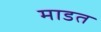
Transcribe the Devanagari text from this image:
माडत